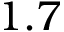
1 . 7